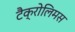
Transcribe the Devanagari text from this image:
टैक्रोलिमस